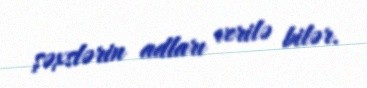
şəxslərin adları verilə bilər.